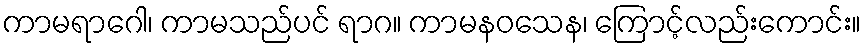
ကာမရာဂေါ၊ ကာမသည်ပင် ရာဂ။ ကာမနဝသေန၊ ကြောင့်လည်းကောင်း။